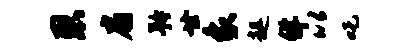
恩扇矜廿象趄佯以吒